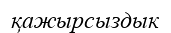
қажырсыздык